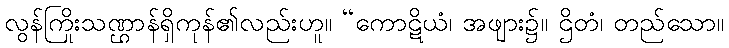
လွန်ကြိုးသဏ္ဌာန်ရှိကုန်၏လည်းဟူ။ “ကောဋိယံ၊ အဖျား၌။ ဌိတံ၊ တည်သော။